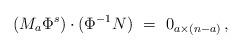
LaTeX: \begin{align*} (M_a\Phi^s)\cdot(\Phi^{-1}N)\ =\ 0_{a\times(n-a)}\,,\end{align*}